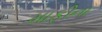
માફીના